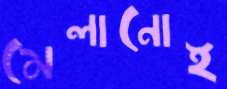
মেলানোই